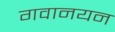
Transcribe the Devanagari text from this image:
गवानयन